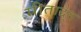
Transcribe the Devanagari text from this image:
मीताद्त